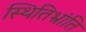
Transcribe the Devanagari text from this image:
स्थितिभ्रांति